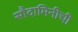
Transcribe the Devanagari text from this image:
सौदामिनीची